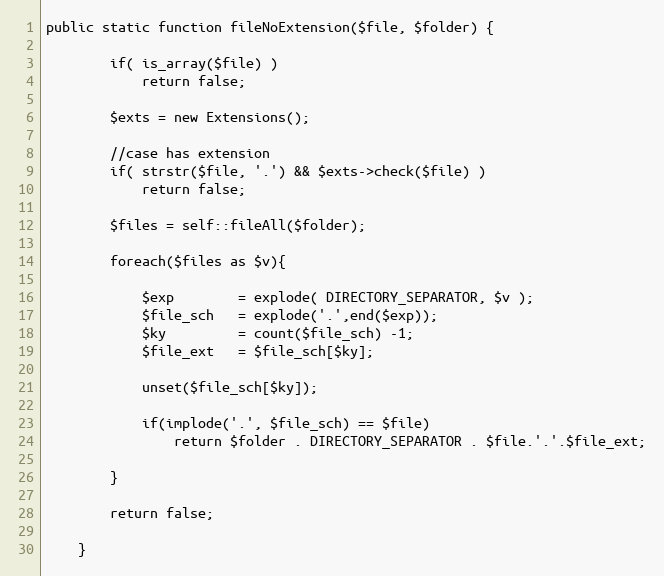
Language: PHP
public static function fileNoExtension($file, $folder) {

        if( is_array($file) )
            return false;

        $exts = new Extensions();

        //case has extension
        if( strstr($file, '.') && $exts->check($file) )
            return false;

        $files = self::fileAll($folder);

        foreach($files as $v){

            $exp        = explode( DIRECTORY_SEPARATOR, $v );
            $file_sch   = explode('.',end($exp));
            $ky         = count($file_sch) -1;
            $file_ext   = $file_sch[$ky];

            unset($file_sch[$ky]);

            if(implode('.', $file_sch) == $file)
                return $folder . DIRECTORY_SEPARATOR . $file.'.'.$file_ext;

        }

        return false;

    }